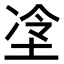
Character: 𫭶